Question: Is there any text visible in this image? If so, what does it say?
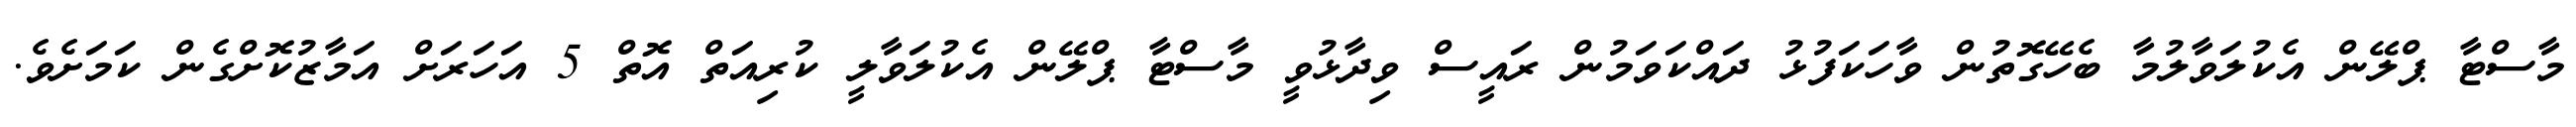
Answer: މާސްޓާ ޕްލޭން އެކުލަވާލުމާ ބެހޭގޮތުން ވާހަކަފުޅު ދައްކަވަމުން ރައީސް ވިދާޅުވީ މާސްޓާ ޕްލޭން އެކުލަވާލީ ކުރިއަތް އޮތް 5 އަހަރަށް އަމާޒުކޮށްގެން ކަމަށެވެ.